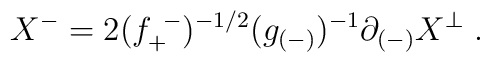
X^- = 2 (f^{~-}_{+})^{-1/2} (g_{(-)})^{-1} \partial_{(-)}X^\perp \; .